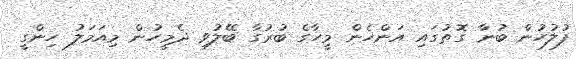
ފުލުހުން ބުނާ ގޮތުގައި އަންހެން މީހާގެ ބުރުގާ ބޭލުވި ދެމީހުން މިއަމަލު ހިންގީ